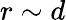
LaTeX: r\sim d